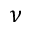
\nu